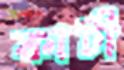
কাটী